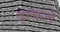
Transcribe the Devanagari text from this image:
इल्कले